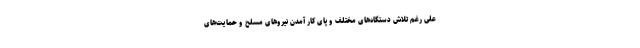
علی رغم تلاش دستگاه‌های مختلف و پای کار آمدن نیروهای مسلح و حمایت‌های